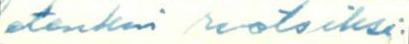
etenkin ruotsiksi: